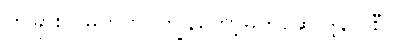
တခြားလူမဟုတ်၊ ကျွန်တော့်မိတ်ဆွေ ဒွန်ဂျိုစီ။